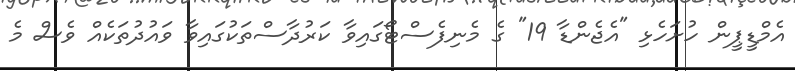
އެމްޑީޕީން ހުށަހެޅި "އެޖެންޑާ 19" ގެ މެނިފެސްޓޯގައިވާ ކަރުދާސްތަކުގައިވާ ވައުދުތަކެއް ވެސް މެ